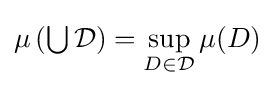
\mu \left({\textstyle \bigcup }\,{\mathcal {D}}\right)=\sup _{D\in {\mathcal {D}}}\mu (D)